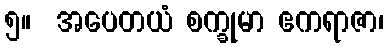
၅။  အပေတယံ စက္ခုမာ ဧကရာဇာ၊